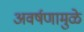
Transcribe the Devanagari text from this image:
अवर्षणामुळे